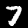
Label: 7